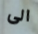
الى